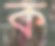
ক